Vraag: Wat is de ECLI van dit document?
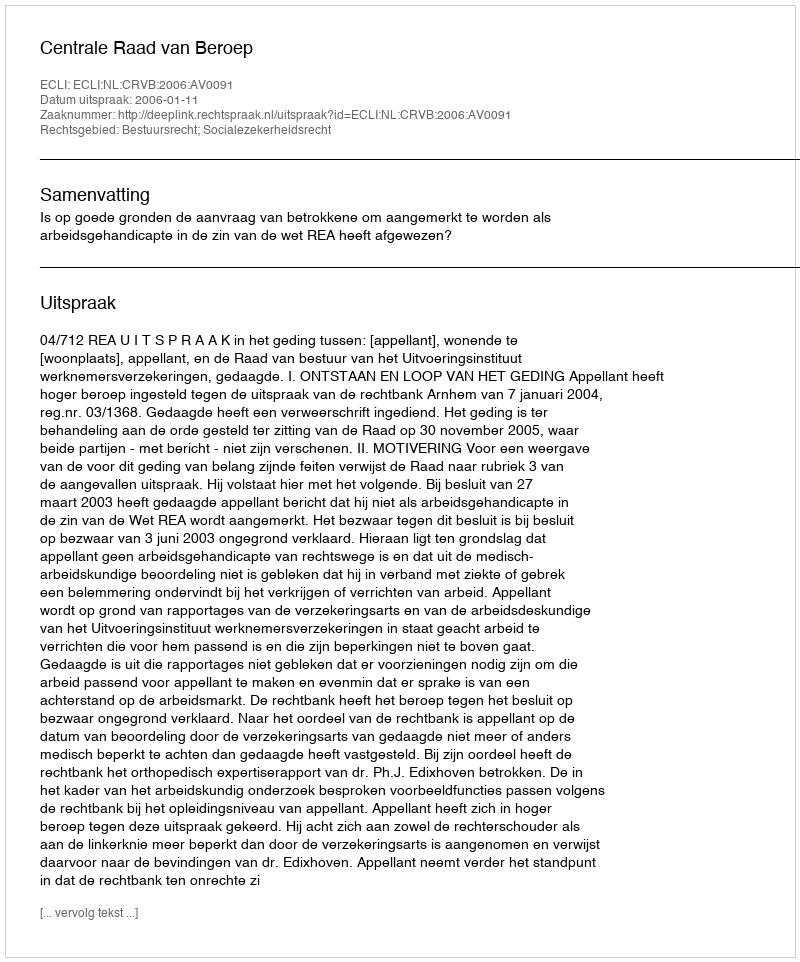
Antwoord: ECLI:NL:CRVB:2006:AV0091